Eesti_Vabariigi_Tartu_Ulikool, lk 79
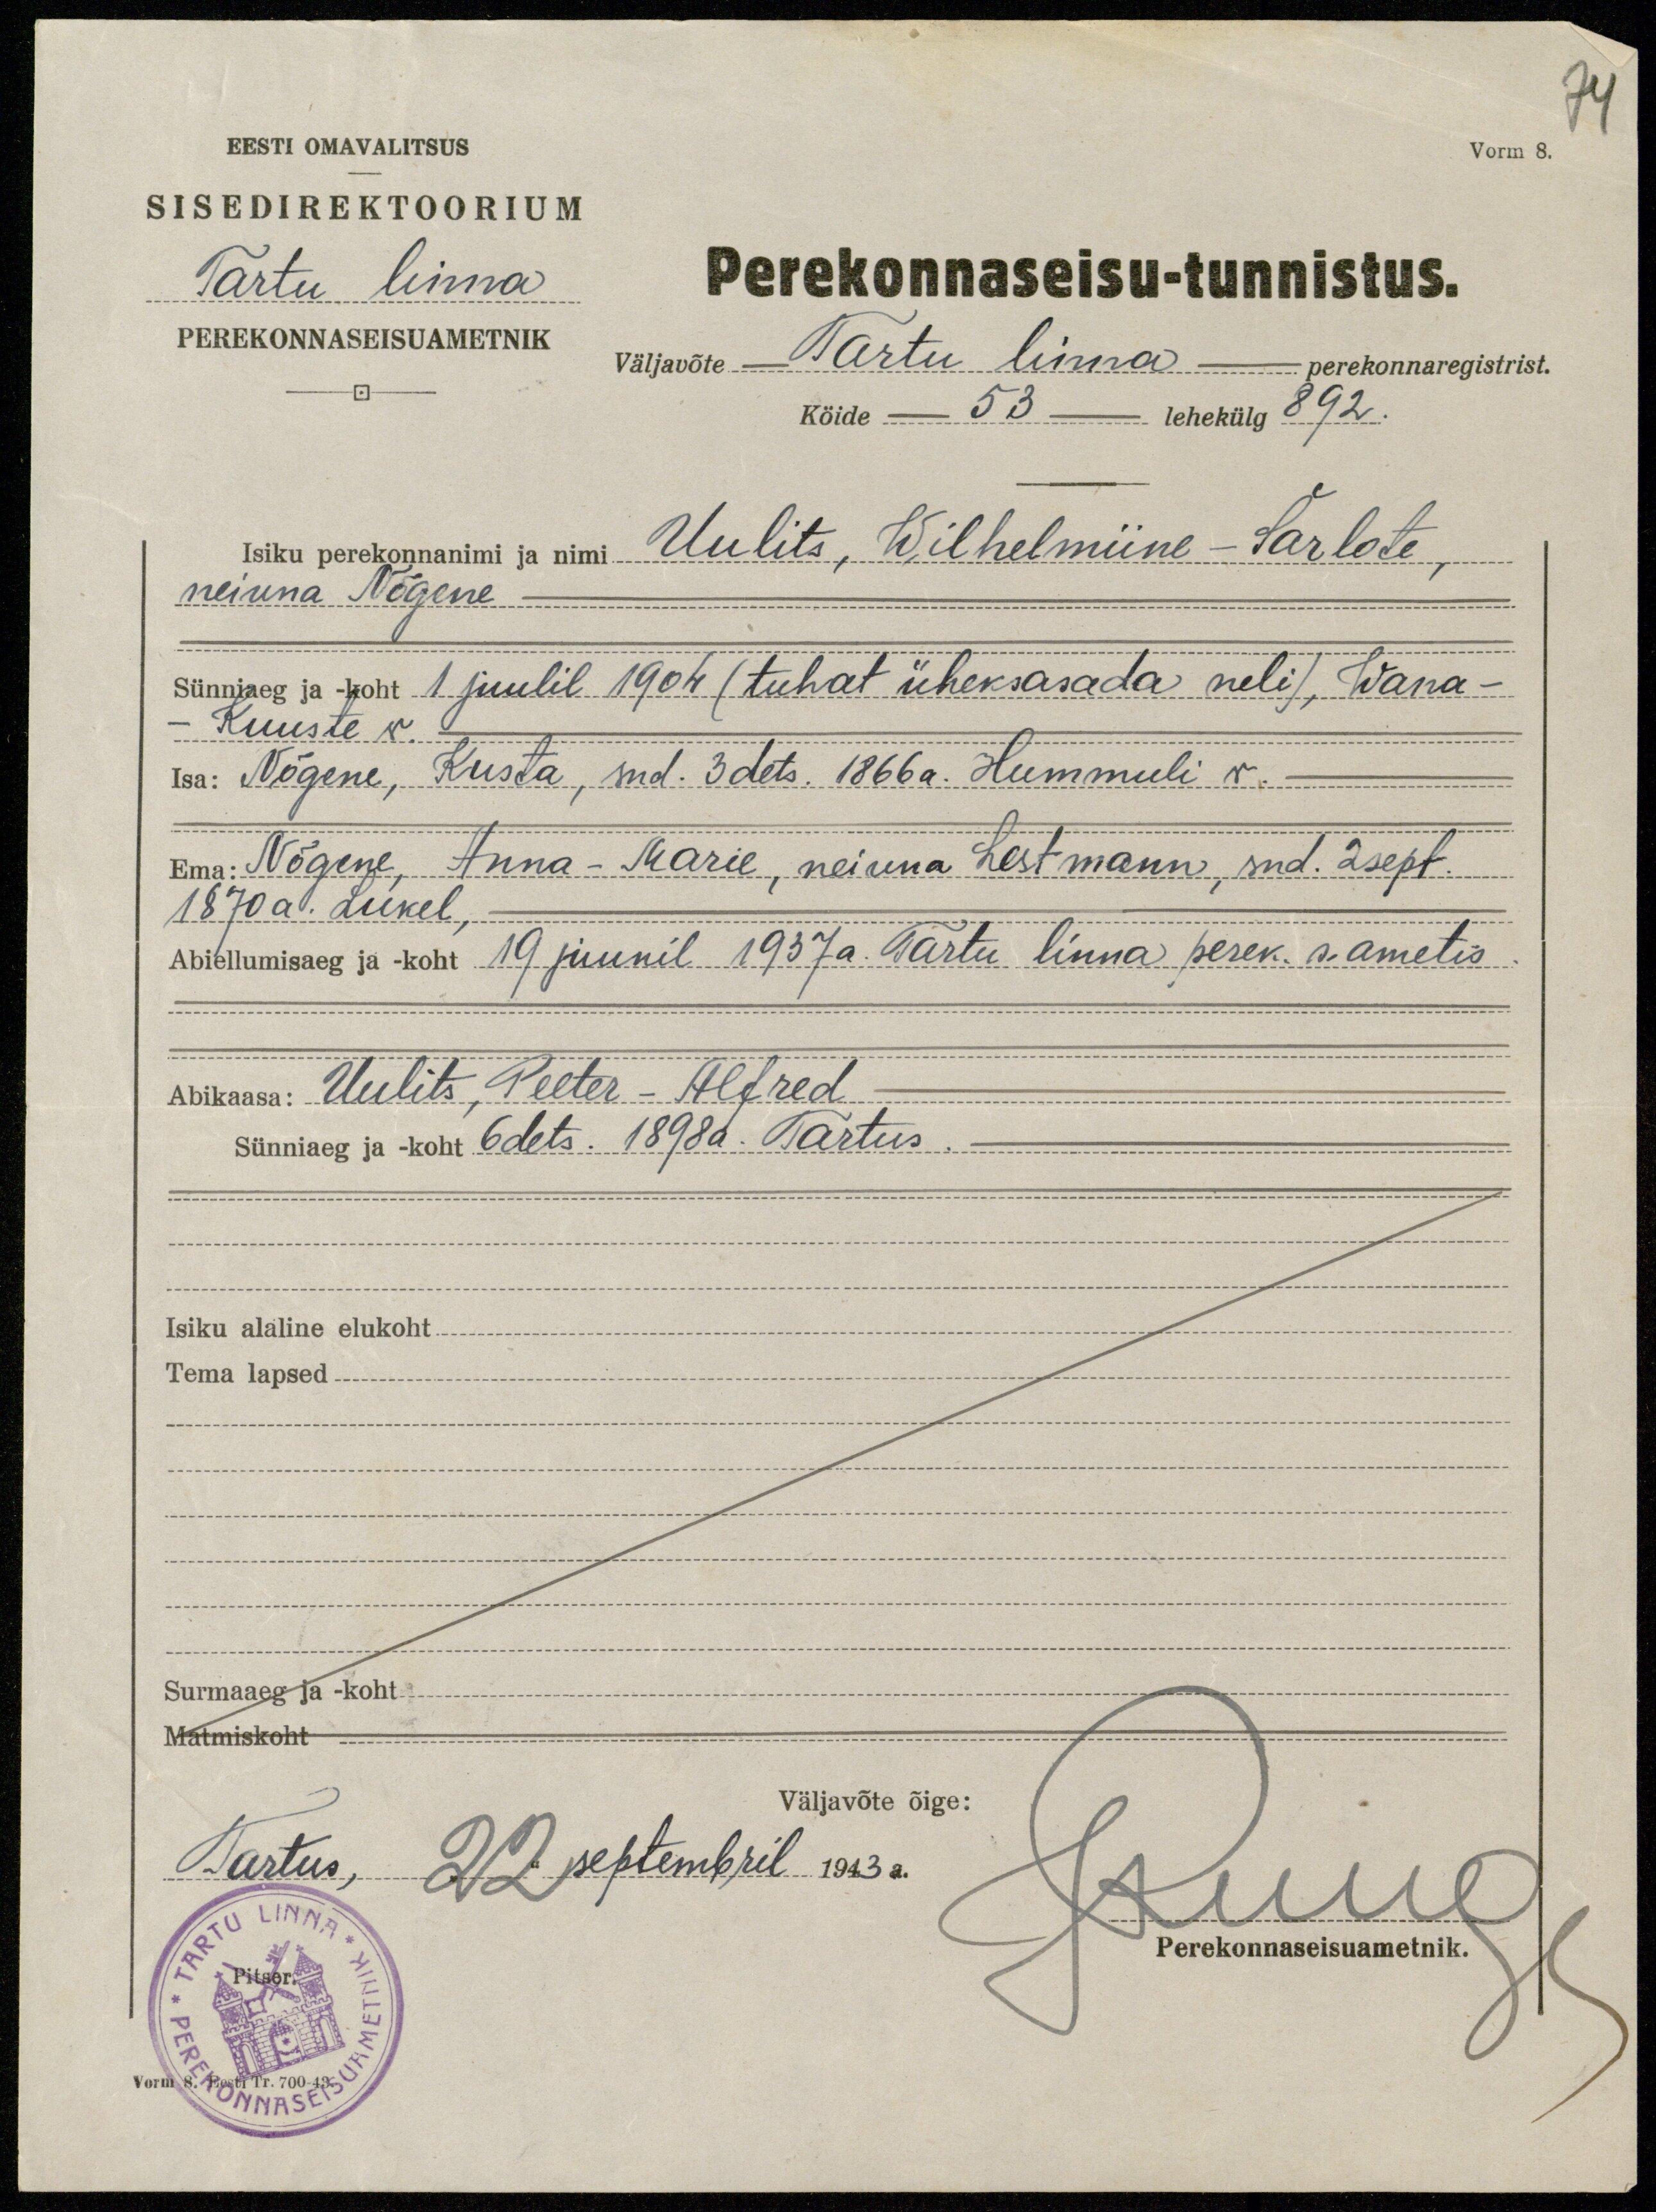
74
Vorm 8.
EESTI OMAVALitsus
SISEDIREKTOOLIUM
Tartu linna
PEREKONNASEISUAMETNIK
Perekonnaseisu-tunnistus.
Väljavõte Tartu linna perekonnaregistrist.
Kõide - 53 lehekülg 892.
Isiku perekonnanimi ja nimi Uulits, Wilhelmiine-Šarlote,
neiuna Nõgene
Sünniaeg ja -koht juulil 1904 (tuhat üheksasada neli), Wana-
-Kuuste v.
Isa: Nõgene, Kusta, snd. 3 dets. 1866 a. Hummuli v.
Ema: Nõgene, Anna-Marie, neiuna Lestmann, snd. 2 sept.
1870a. Lukel
Abiellumisaeg ja -koht 19. juunil 1937. a. Tartu linna perek. s. ametis.
Abikaasa: Uulits, Peeter-Alfred
Sünniaeg ja -koht 6 dets. 1898a. Tartus.
Isiku alaline elukoht
Tema lapsed.
Surmaaeg ja koht
Matmiskoht
Väljavõte õige:
Tartus, 22 septembril 1943 a.
K Ruuge
Perekonnaseisuametnik.
Vorm 8. Eesti Tr. 700-43